Reports on military cantonments and civil stations in the Presidency of Bombay inspected by the Sanitary Commissioner in the years 1875 and 1876
Year: 1875
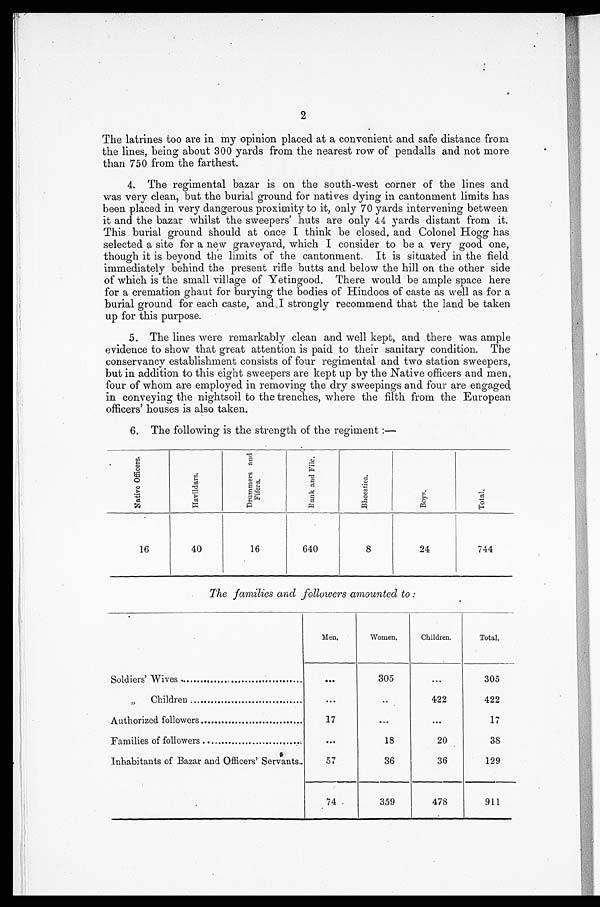
2
The latrines too are in my opinion placed at a convenient and safe distance from
the lines, being about 300 yards from the nearest row of pendalls and not more
than 750 from the farthest.
4. The regimental bazar is on the south-west corner of the lines and
was very clean, but the burial ground for natives dying in cantonment limits has
been placed in very dangerous proximity to it, only 70 yards intervening between
it and the bazar whilst the sweepers' huts are only 44 yards distant from it.
This burial ground should at once I think be closed, and Colonel Hogg has
selected a site for a new graveyard, which I consider to be a very good one,
though it is beyond the limits of the cantonment. It is situated in the field
immediately behind the present rifle butts and below the hill on the other side
of which is the small village of Yetingood. There would be ample space here
for a cremation ghaut for burying the bodies of Hindoos of caste as well as for a
burial ground for each caste, and I strongly recommend that the land be taken
up for this purpose.
5. The lines were remarkably clean and well kept, and there was ample
evidence to show that great attention is paid to their sanitary condition. The
conservancy establishment consists of four regimental and two station sweepers,
but in addition to this eight sweepers are kept up by the Native officers and men,
four of whom are employed in removing the dry sweepings and four are engaged,
in conveying the nightsoil to the trenches, where the filth from the European
officers' houses is also taken.
6. The following is the strength of the regiment :—
N a t i v e O f f i c e r s .
H a v i l d a r s .
D r u m m e r s a n d F i f e r s .
R a n k a n d F i l e .
B h e e s t i e s .
B o y s .
'
T o t a l .
16
40
16
640
8
24
744
The families and followers amounted to
Men.
Women.
Children.
Total.
Soldiers' Wives .
...
305
...
305
„
Children
...
...
422
422
A uthorized followers
17
...
. . .
17
Families of followers
. . .
18
20
38
Inhabitants of Bazar and Officers' Servants
57
36
36
129
74
359
478
911